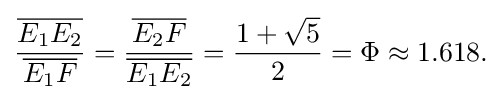
{\frac {\overline {E_{1}E_{2}}}{\overline {E_{1}F}}}={\frac {\overline {E_{2}F}}{\overline {E_{1}E_{2}}}}={\frac {1+{\sqrt {5}}}{2}}=\Phi \approx 1.618{\text{.}}